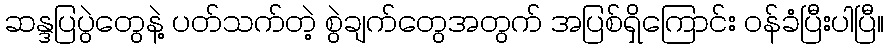
ဆန္ဒပြပွဲတွေနဲ့ ပတ်သက်တဲ့ စွဲချက်တွေအတွက် အပြစ်ရှိကြောင်း ဝန်ခံပြီးပါပြီ။